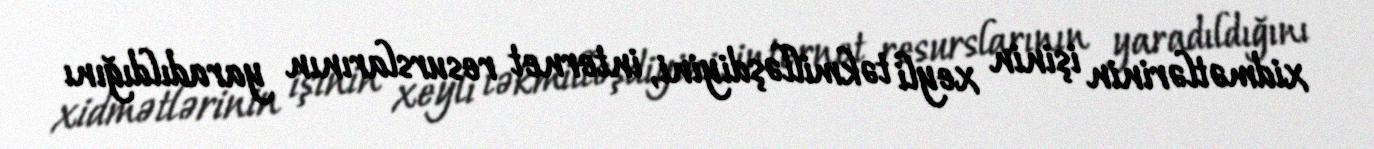
xidmətlərinin işinin xeyli təkmilləşdiyini, internet resurslarının yaradıldığını